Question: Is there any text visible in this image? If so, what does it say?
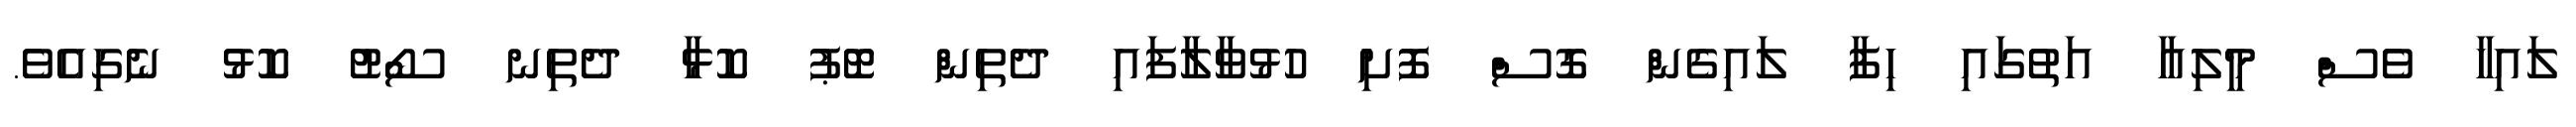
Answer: ލައިހާ ވެސް މީލިއާ އަތުގައި ހިފާ ލައިގެން ގޮސް ފޮށި ހުޅުވާލާފައި ދެތިން ޓޮޕު ކޮޅާ ދެތިނ ސޯޓު ކޮޅު ނެގިއެވެ.